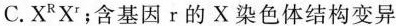
C.X^{R}X^{r}；含基因r的X染色体结构变异